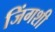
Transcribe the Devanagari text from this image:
जिंगशी